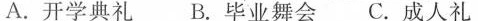
A.开学典礼 B.毕业舞会 C.成人礼